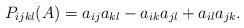
LaTeX: \begin{align*}P_{ijkl}(A) = a_{ij}a_{kl} - a_{ik}a_{jl} + a_{il}a_{jk}.\end{align*}